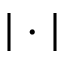
| \cdot |